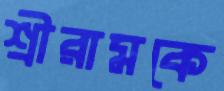
শ্রীরামকে